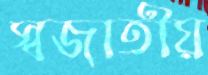
স্বজাতীয়